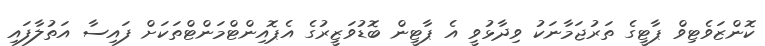
ކޮންޒަވެޓިވް ޕާޓީގެ ތަރުޖަމާނަކު ވިދާޅުވީ އެ ޕާޓީން ބޮޑުވަޒީރުގެ އެޕޮއިންޓްމަންޓްތަކަށް ފައިސާ އަތުލާފައި